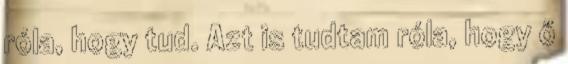
róla, hogy tud. Azt is tudtam róla, hogy ő